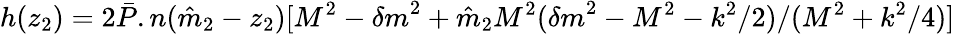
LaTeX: h(z_{2})=2{\bar{P}}.n({\hat{m}}_{2}-z_{2})[M^{2}-{\delta m}^{2}+{\hat{m}}_{2}M^{2}({\delta m}^{2}-M^{2}-k^{2}/2)/(M^{2}+k^{2}/4)]